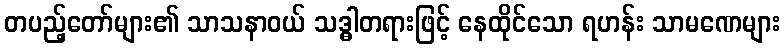
တပည့်တော်များ၏ သာသနာဝယ် သဒ္ဓါတရားဖြင့် နေထိုင်သော ရဟန်း သာမဏေများ